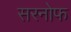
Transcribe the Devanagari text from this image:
सरनोफ